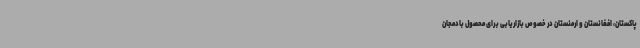
پاکستان، افغانستان و ارمنستان در خصوص بازاریابی برای محصول بادمجان